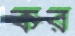
কর